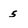
Character: 5